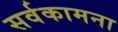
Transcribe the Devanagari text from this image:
सर्वकामना